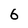
Character: 6